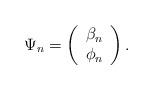
LaTeX: \begin{align*}\Psi_n=\left(\begin{array}{c} \beta_n\\\phi_n \end{array}\right).\end{align*}